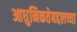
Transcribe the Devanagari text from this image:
आधुनिकतेबद्दलच्या